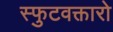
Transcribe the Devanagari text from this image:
स्फुटवक्तारो